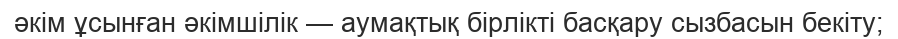
әкім ұсынған әкімшілік — аумақтық бірлікті басқару сызбасын бекіту;